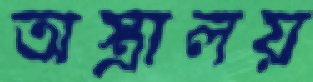
অস্ত্রালয়